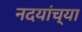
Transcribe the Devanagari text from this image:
नदयांच्या